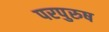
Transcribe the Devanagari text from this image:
परपुरुष